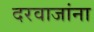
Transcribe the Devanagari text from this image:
दरवाजांना